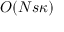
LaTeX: O ( N s \kappa )